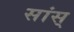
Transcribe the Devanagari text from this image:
सांस्